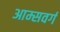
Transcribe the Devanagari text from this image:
आम्सवर्ग